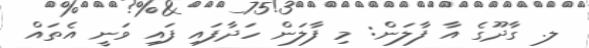
ލ. ގާދޫގެ އާ ފާލަން: މި ފާލަން ހަދާފައި ފައި ވަނީ އެތައް